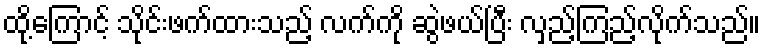
ထို့ကြောင့် သိုင်းဖက်ထားသည့် လက်ကို ဆွဲဖယ်ပြီး လှည့်ကြည့်လိုက်သည်။